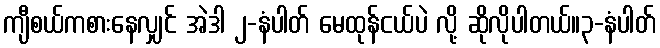
ကျီစယ်ကစားနေလျှင် အဲဒါ ၂-နံပါတ် မေထုန်ငယ်ပဲ လို့ ဆိုလိုပါတယ်။၃-နံပါတ်